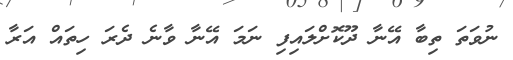
ނުވަތަ ތިބާ އޭނާ ދޫކޮށްލައިފި ނަމަ އޭނާ ވާނެ ދެރަ ހިތައް އަރާ